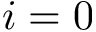
i = 0